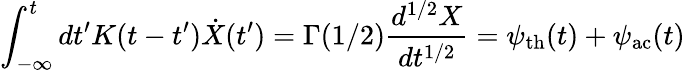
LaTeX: \int_{-\infty}^{t}dt^{\prime}K(t-t^{\prime})\dot{X}(t^{\prime})=\Gamma(1/2)\frac{d^{1/2}X}{dt^{1/2}}=\psi_{\mathrm{th}}(t)+\psi_{\mathrm{ac}}(t)